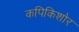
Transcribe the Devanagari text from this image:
कपिकिशोर